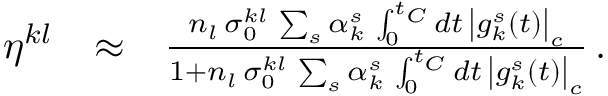
\begin{array} { r l r } { \eta ^ { k l } } & { \approx } & { \frac { n _ { l } \, \sigma _ { 0 } ^ { k l } \, \sum _ { s } \alpha _ { k } ^ { s } \, \int _ { 0 } ^ { t _ { C } } d t \, \left| g _ { k } ^ { s } ( t ) \right| _ { c } } { 1 + n _ { l } \, \sigma _ { 0 } ^ { k l } \, \sum _ { s } \alpha _ { k } ^ { s } \, \int _ { 0 } ^ { t _ { C } } d t \, \left| g _ { k } ^ { s } ( t ) \right| _ { c } } \, . } \end{array}